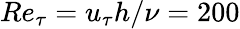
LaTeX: Re_{\tau}=u_{\tau}h/\nu=200